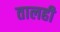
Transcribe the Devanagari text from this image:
तालही